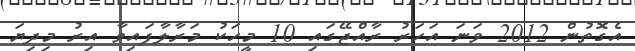
އެގޮތުން 2012 ވަނަ އަހަރު ރާއްޖޭގައި 10 މީހަކު މަރާލާފައިވާ އިރު މިދިޔަ